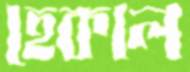
হেকাল